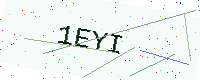
Text: 1EYI